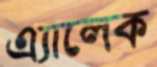
এ্যালেক